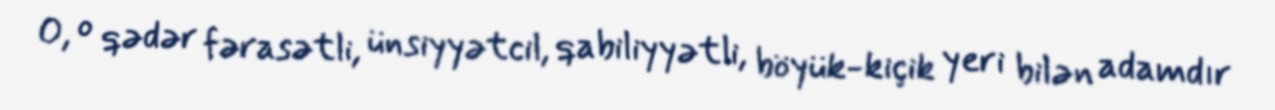
O, o qədər fərasətli, ünsiyyətcil, qabiliyyətli, böyük-kiçik yeri bilən adamdır